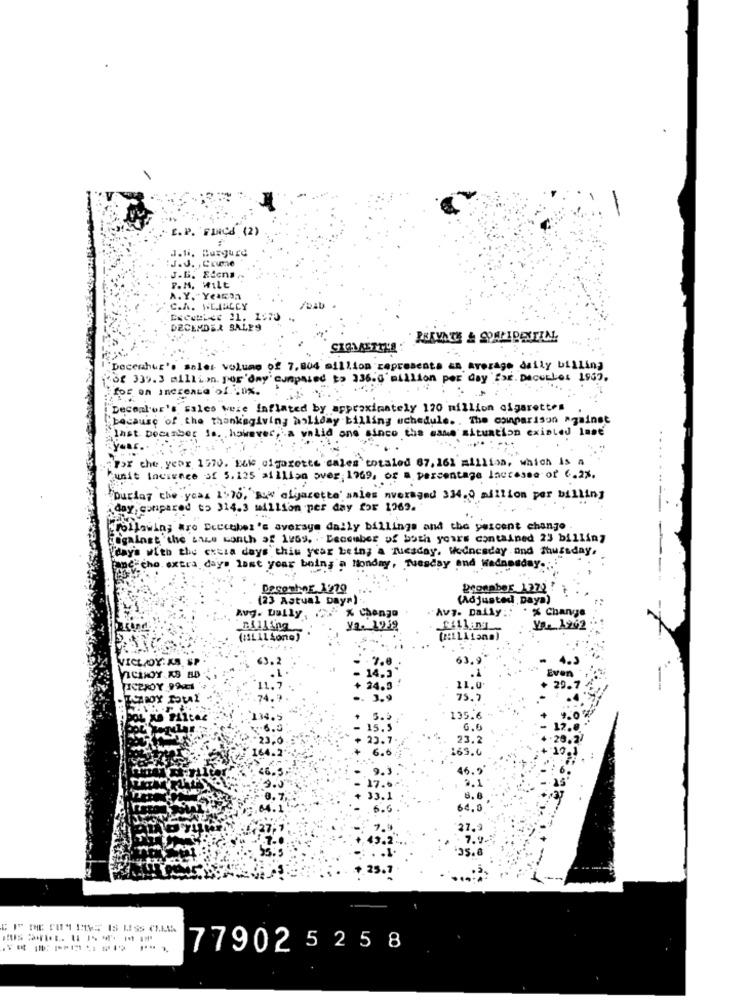
E. P. FINCH (2)
J.ti. Burgure
J.J. , Cune
J.B. Recna
P.M. Wilt
A. Y. "Yeacon
C.A. WEILCY
DECOLLEE 11, 1970
DECEMDER SALES
REKVATES & SOMPIDENTIN.
"Decenhur's saler volume of 7,804 million capresenta an average daily billing
"6f 339.3 million. por'day' compased to 336.0'million per day 'Ssr. Dacutlet 1967.
for on Increase of 0%.
Decoalor's sales were Inflated by approximately 120 million cigarettes
"because of the thanksgiving holiday billing schedule .. The comparison against
Inst December Is. however, a valid one since the same situation existed inse
For the year 1970. Ecke cigarette cales totaled 67, 161 million, which is a
Punit Increase of 5.125 million over 1969, or a percentage Iaccesso of 6.23.
Durday the year 1976. Bu" ofgazette' sales averaged 334.0 million per billing
day, compared to 314.3 million per day for 1269.
following are Ecccubes's average daily billings and the percent change
Fogalnet 'the save month of 1969, . December of both yours contained 23 billing
day's with the excza days this year bein; a Tuesday. Wednesday .and #hussday,
che. extra days last year being a Monday, Tuesday and Medne
Desenhar 1979
grosaber 1272
(23 Astual Day")
(Adjusted , Daya)
Avg. bully, . " X Chengo
Av7. Daily ::
* % Change
ya. 12.18
Yp. 1962
(HILAL Aone)
VICLADY: AS. SP
63.2
7.8
63.
ACHOY AS BD
.1
Even
14.3
ICEROY 991
24.5
11.0
74.
3.9
75,7
134.5
135.6
.6.0
15.5
23,0
23.7
23.2
164.5
6.6
165.6
46.9
9.3
46.5
9.1
33.1
8.8
6.6
64.0
27.
7.9
'35.8
+ 25.7
77902 525 8